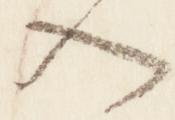
入